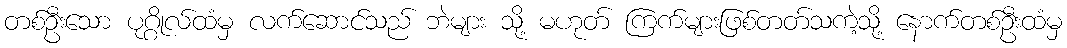
တစ်ဦးသော ပုဂ္ဂိုလ်ထံမှ လက်ဆောင်သည် ဘဲများ သို့ မဟုတ် ကြက်များဖြစ်တတ်သကဲ့သို့ နောက်တစ်ဦးထံမှ